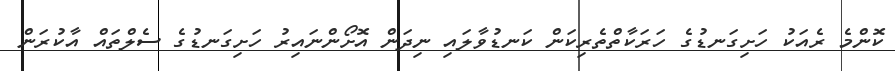
ކޮންމެ ރެއަކު ހަށިގަނޑުގެ ހަރަކާތްތެރިކަން ކަނޑުވާލައި ނިދަން އޮށޯންނައިރު ހަށިގަނޑުގެ ސެލްތައް އާކުރަން